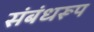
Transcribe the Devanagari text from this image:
संबंधरूप